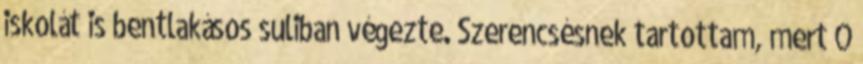
iskolát is bentlakásos suliban végezte. Szerencsésnek tartottam, mert Õ